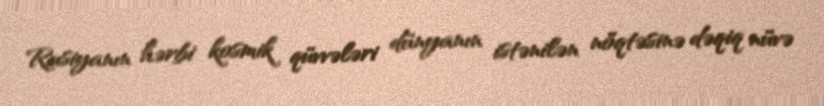
Rusiyanın hərbi kosmik qüvvələri dünyanın istənilən nöqtəsinə dəqiq nüvə